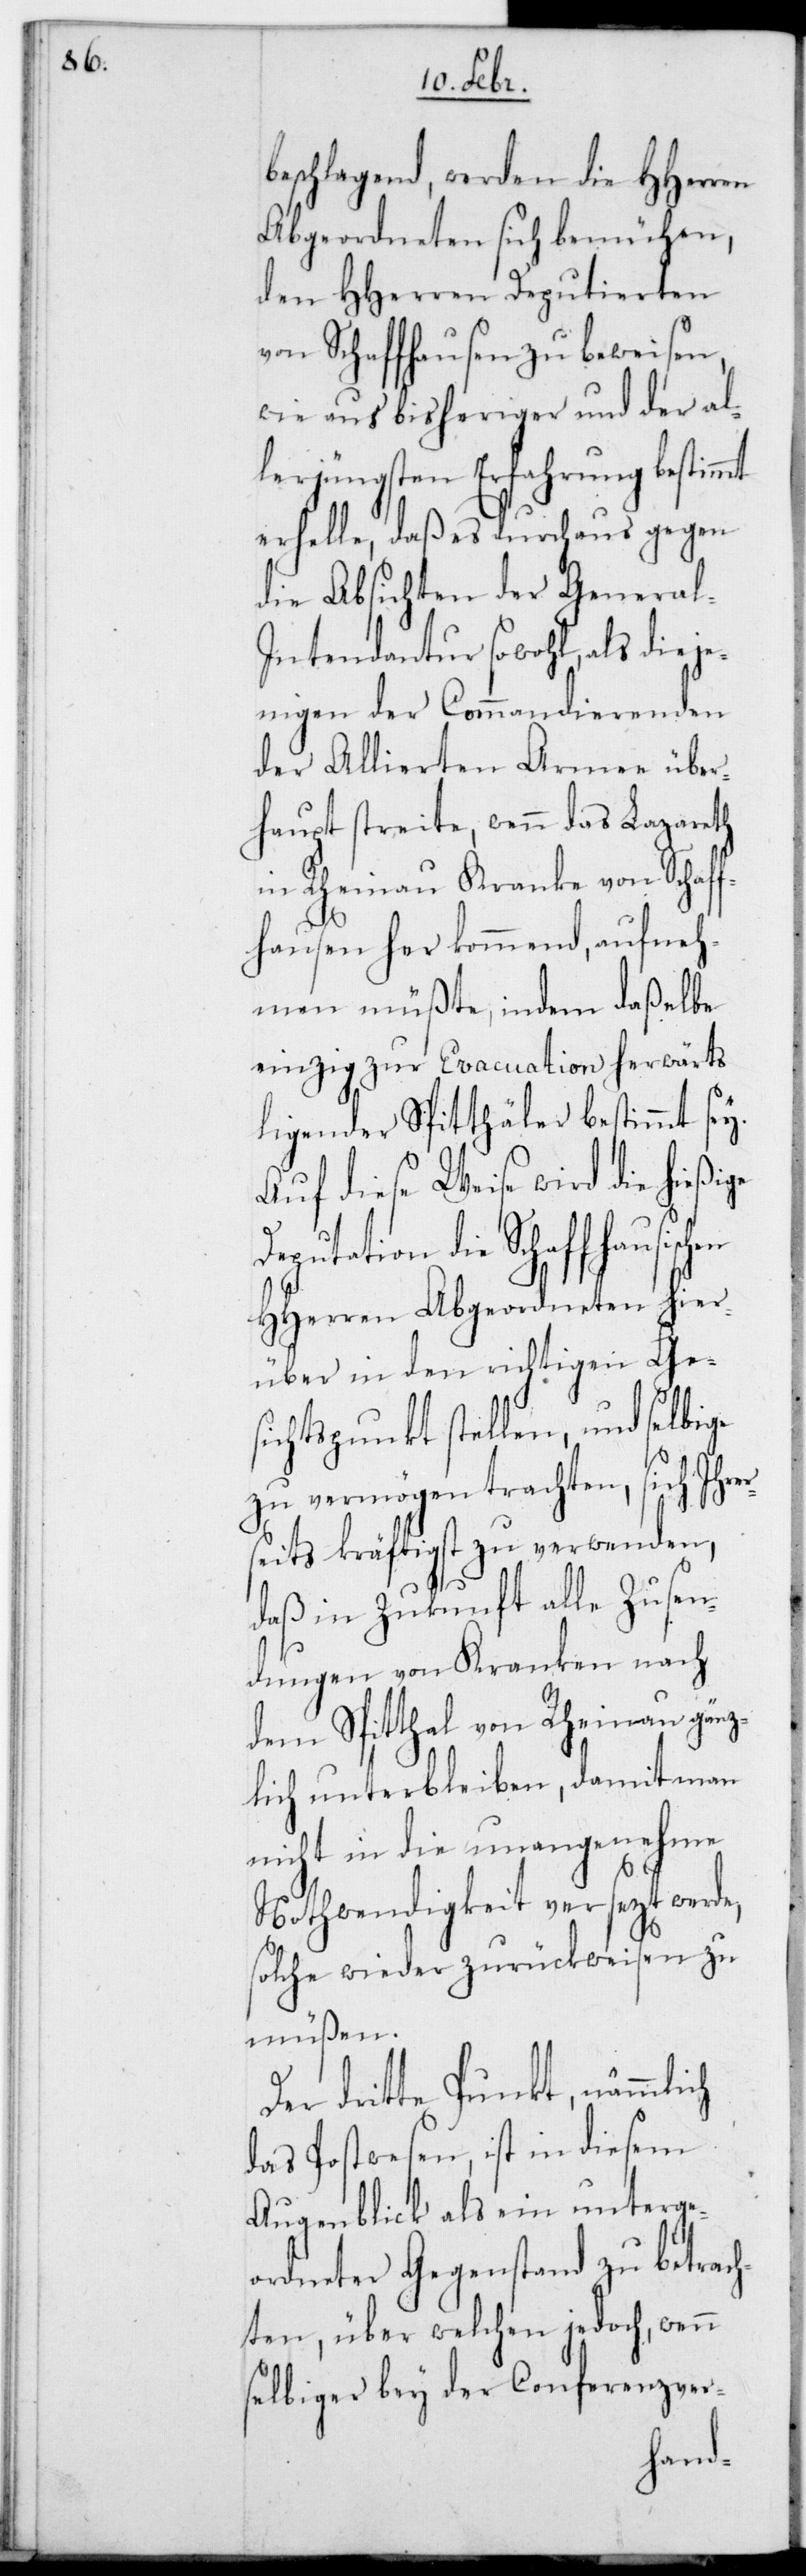
beschlagend, werden die HHerren
Abgeordneten sich bemühen,
den HHerren Deputierten
von Schaffhausen zu beweisen,
wie aus bisheriger und der al¬
lerjüngsten Erfahrung bestimmt
erhelle, daß es durchaus gegen
die Absichten der General-I¬
ntendantur sowohl, als dieje¬
nigen der Commandierenden
der Alliierten Armee über¬
haupt streite, wenn das Lazareth
in Rheinau Kranke von Schaff¬
hausen herkommend, aufneh¬
men müßte, indem daßelbe
einzig zur Evacuation herwärts
ligender Spitäler bestimmt sei.
Auf diese Weise wird die hießige
die Schaffhausischen
HHerren Abgeordneten hier¬
über in den richtigen Ges¬
ichtspunkt stellen, und selbige
zu vermögen trachten, sich ihrer¬
seits kräftigst zu verwenden,
daß in Zukunft alle Zusen¬
dungen von Kranken nach
dem Spitthal von Rheinau gänz¬
lich unterbleiben, damit man
nicht in die unangenehme
Nothwendigkeit versetzt werde,
solche wieder zurückzuweisen zu
müßen.
Der dritte Punkt, nämmlich
das Postwesen, ist in diesem
Augenblick als ein unterge¬
ordneter Gegenstand zu betrach¬
ten, über welchen jedoch, wenn
selbiger bey der Conferenzver-